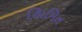
સિમિત